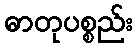
ဓာတုပစ္စည်း